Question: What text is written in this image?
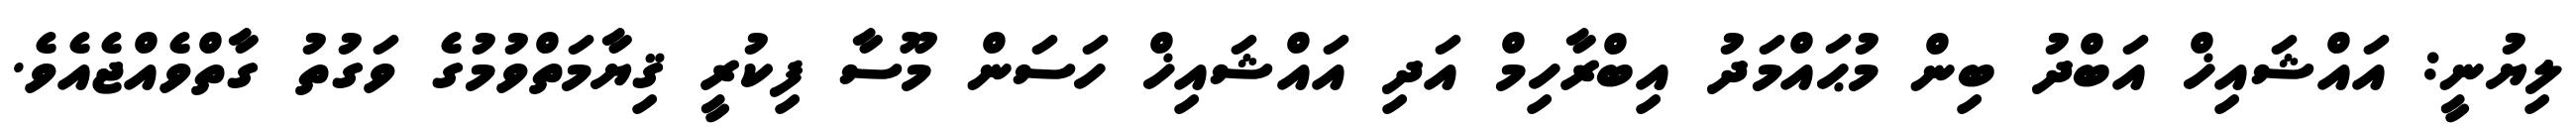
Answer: ލިޔުނީ: އައްޝައިޚް އަބްދު ބިން މުޙައްމަދު އިބްރާހިމް އަދި އައްޝައިޚް ހަސަން މޫސާ ފިކުރީ ޤިޔާމަތްވުމުގެ ވަގުތު ގާތްވެއްޖެއެވެ.